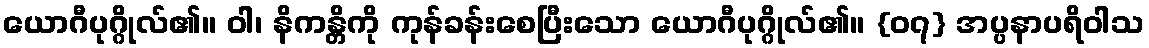
ယောဂီပုဂ္ဂိုလ်၏။ ဝါ၊ နိကန္တိကို ကုန်ခန်းစေပြီးသော ယောဂီပုဂ္ဂိုလ်၏။ {၀၇} အပ္ပနာပရိဝါသ